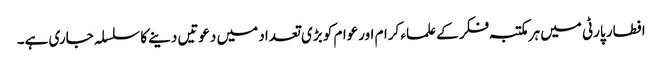
افطار پارٹی میں ہرمکتبہ فکر کے علماء کرام اورعوام کو بڑی تعداد میں دعوتیں دینے کا سلسلہ جاری ہے۔